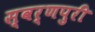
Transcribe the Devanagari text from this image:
स्वर्णपुरी